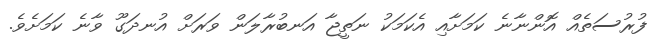
ފުރުސަތެއް އޮންނާނެ ކަމަށާއި އެކަމަކު ނަތީޖާ އަނބުރާލަން ވަރަށް އުނދަގޫ ވާނެ ކަމަށެވެ.